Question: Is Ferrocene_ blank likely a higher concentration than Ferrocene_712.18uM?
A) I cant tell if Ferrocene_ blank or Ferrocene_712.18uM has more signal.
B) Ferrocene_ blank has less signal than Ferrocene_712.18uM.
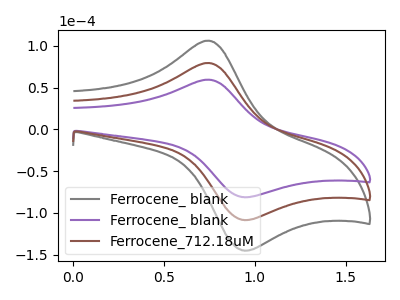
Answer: <think>The gray curve "Ferrocene_ blank" has an anodic peak at (0.75V, 158.80uA) and a cathodic peak at (0.95V, -216.75uA). The purple curve "Ferrocene_ blank" has an anodic peak at (0.75V, 59.40uA) and a cathodic peak at (0.95V, -81.10uA). The brown curve "Ferrocene_712.18uM" has an anodic peak at (0.75V, 79.40uA) and a cathodic peak at (0.95V, -108.35uA).
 All the peaks in "Ferrocene_ blank" have a peak in "Ferrocene_712.18uM" at the same potential. Every peak in "Ferrocene_ blank" is lower than every peak in "Ferrocene_712.18uM".</think>
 <answer>B) "Ferrocene_ blank" has less signal than "Ferrocene_712.18uM".</answer>
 <eval>B</eval>